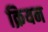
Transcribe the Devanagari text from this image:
क्रियन